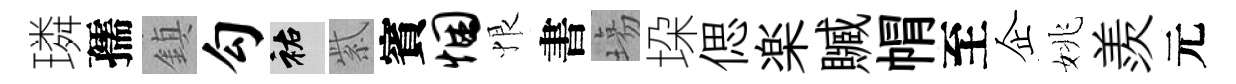
璘孺鎮勾祐紫賓悃恨書塲垜偲楽贓㡌至企姚羨元